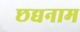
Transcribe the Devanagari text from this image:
छद्यनाम